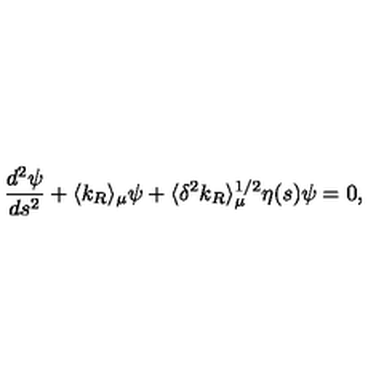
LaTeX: { \frac { d ^ { 2 } \psi } { d s ^ { 2 } } } + \langle k _ { R } \rangle _ { \mu } \psi + \langle \delta ^ { 2 } k _ { R } \rangle _ { \mu } ^ { 1 / 2 } \eta ( s ) \psi = 0 ,